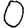
Digit: 0